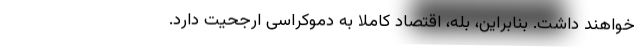
خواهند داشت. بنابراین، بله، اقتصاد کاملاً به دموکراسی ارجحیت دارد.